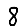
Digit: 8